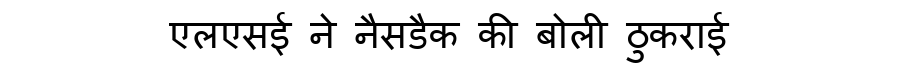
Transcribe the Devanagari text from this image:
एलएसई ने नैसडैक की बोली ठुकराई